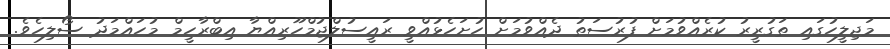
މަޖިލީހުގައި ތަގުރީރު ކުރެއްވުމަށް ފުރުސަތު ދެއްވުމަށް ހުށަހެޅުއްވީ ރައީސުލްޖުމްހޫރިއްޔާ އިބްރާހީމް މުހައްމަދު ސޯލިހެވެ.